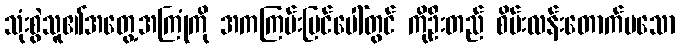
သုံးစွဲသူ၏အတွေ့အကြုံကို အကကြမ်းပြင်ပေါ်တွင် ကိုဦးတည် စိမ်းလန်းတောက်ပသော